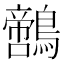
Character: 𪆡